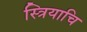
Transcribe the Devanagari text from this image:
स्त्रियाचि